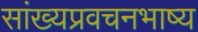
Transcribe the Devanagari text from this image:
सांख्यप्रवचनभाष्य